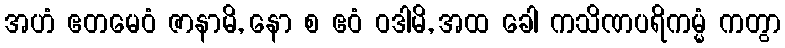
အဟံ ဧတမေဝံ ဇာနာမိ, နော စ ဧဝံ ဝဒါမိ, အထ ခေါ ကသိဏပရိကမ္မံ ကတွာ